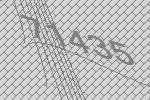
71435